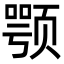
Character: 颚